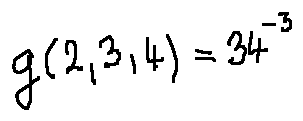
g ( 2 , 3 , 4 ) = 3 4 ^ { - 3 }